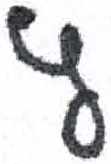
אות: ץ